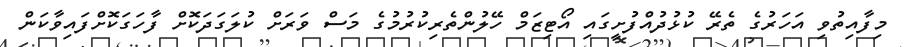
މިފާއިތުވި އަހަރުގެ ތެރޭ ކުޅުދުއްފުށީގައި އޯޓިޒަމް ހޭލުންތެރިކުރުމުގެ މަސް ވަރަށް ކުލަގަދަކޮށް ފާހަގަކޮށްފައިވާކަން